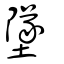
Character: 墜